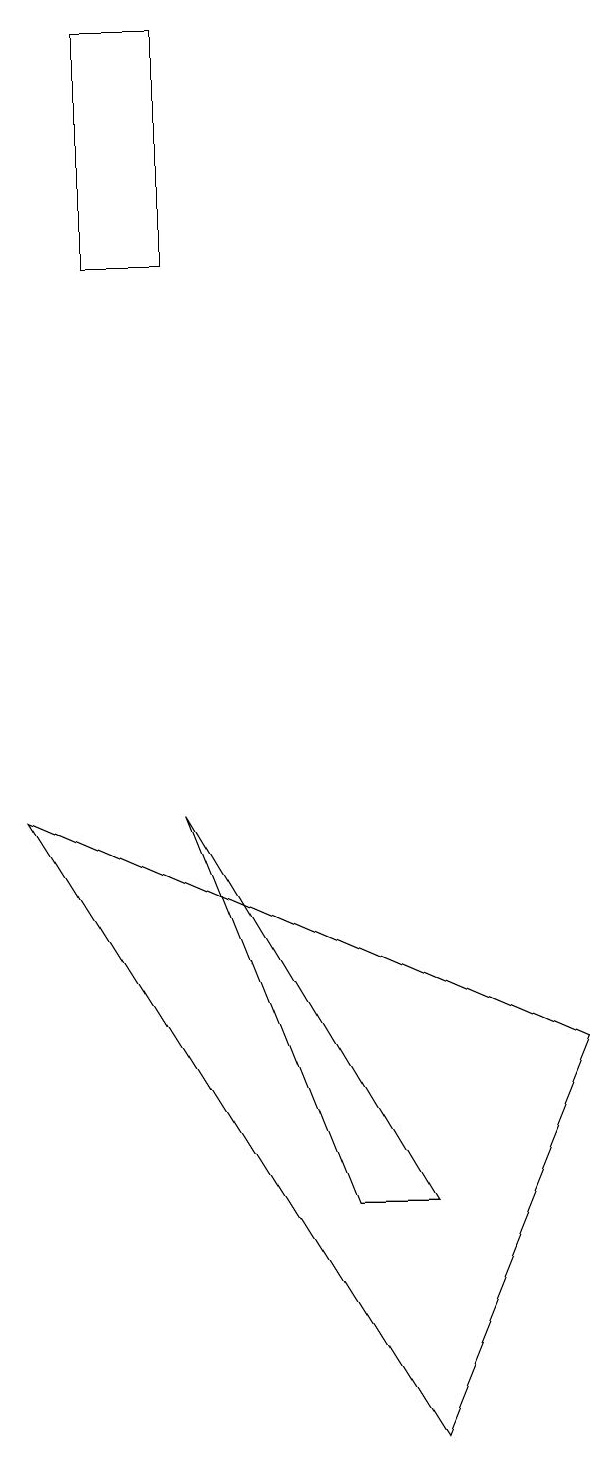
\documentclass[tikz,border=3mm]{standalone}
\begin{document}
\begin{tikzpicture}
\draw (2,19) rectangle (1,16);
\draw (2,9) -- (4,4) -- (5,4) -- cycle;
\draw (5,1) -- (7,6) -- (0,9) -- cycle;
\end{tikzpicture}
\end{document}